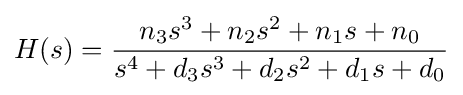
H(s)={\frac {n_{3}s^{3}+n_{2}s^{2}+n_{1}s+n_{0}}{s^{4}+d_{3}s^{3}+d_{2}s^{2}+d_{1}s+d_{0}}}